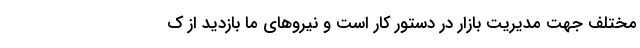
مختلف جهت مدیریت بازار در دستور کار است و نیرو‌های ما بازدید از ک